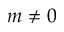
m \neq 0